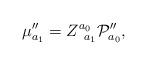
LaTeX: \begin{align*}\mu _{a_{1}}^{\prime \prime }=Z_{\;\;a_{1}}^{a_{0}}{\cal P}_{a_{0}}^{\prime\prime }, \end{align*}